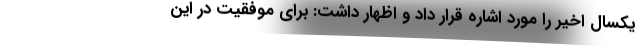
یکسال اخیر را مورد اشاره قرار داد و اظهار داشت: برای موفقیت در این